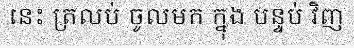
នេះ ត្រលប់ ចូលមក ក្នុង បន្ទប់ វិញ